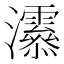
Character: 𤅒